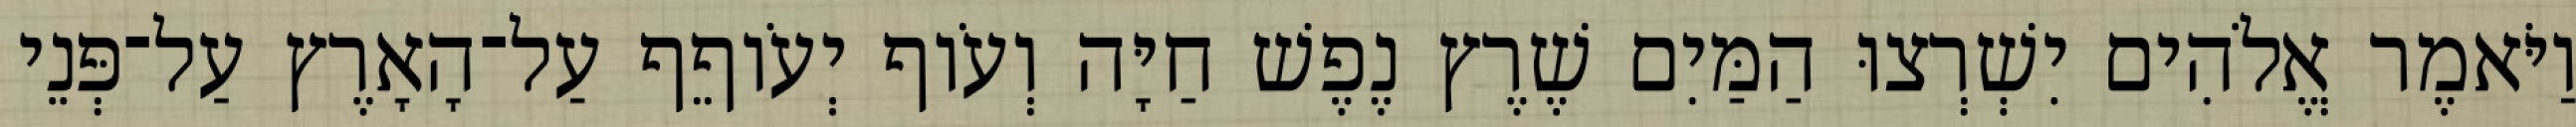
וַיֹּאמֶר אֱלֹהִים יִשְׁרְצוּ הַמַּיִם שֶׁרֶץ נֶפֶשׁ חַיָּה וְעֹוף יְעֹוףֵף עַל־הָאָרֶץ עַל־פְּנֵי